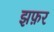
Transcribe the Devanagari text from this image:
झफ़र